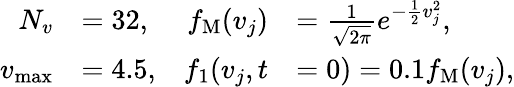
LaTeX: \begin{array}{rlrl}{N_{v}}&{=32,}&{f_{\mathrm{M}}(v_{j})}&{=\frac{1}{\sqrt{2\pi}}e^{-\frac{1}{2}v_{j}^{2}},}\\ {v_{\operatorname*{max}}}&{=4.5,}&{f_{1}(v_{j},t}&{=0)=0.1f_{\mathrm{M}}(v_{j}),}\end{array}